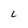
Character: 2